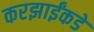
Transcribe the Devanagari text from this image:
करझाईंकडे